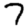
Digit: 7